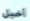
أخيل